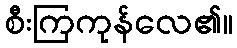
စီးကြကုန်လေ၏။